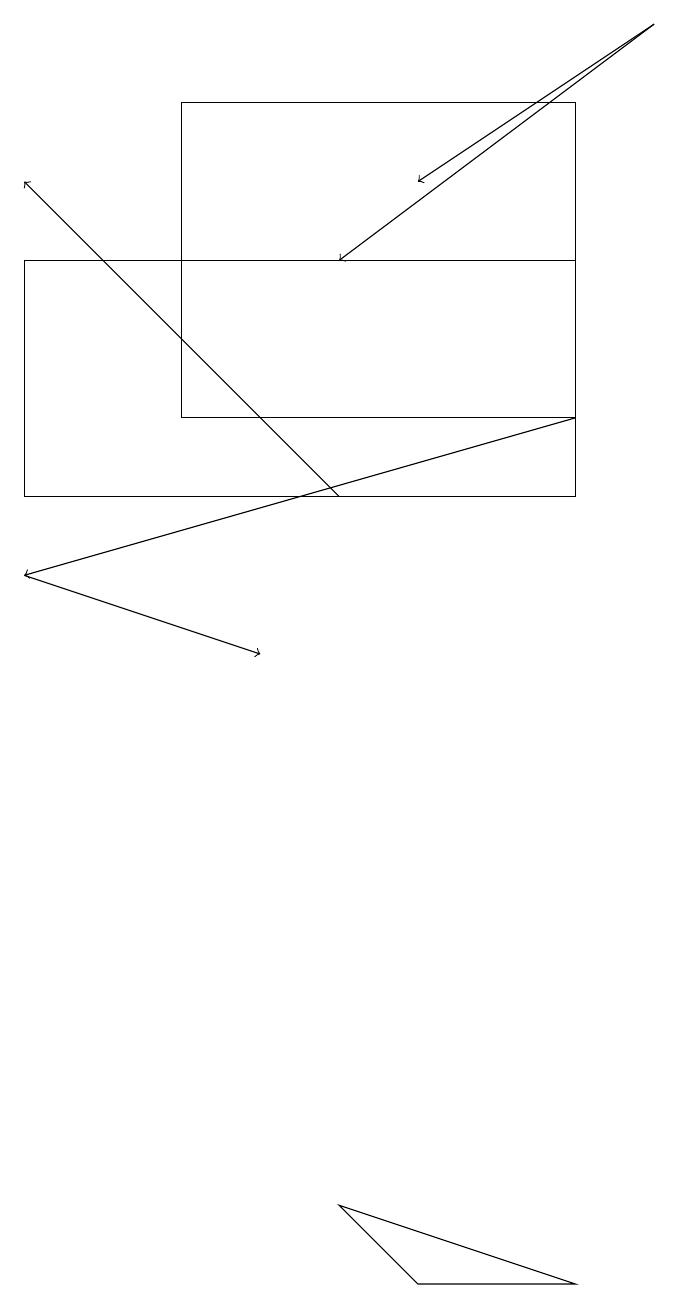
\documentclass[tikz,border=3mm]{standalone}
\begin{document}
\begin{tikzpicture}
\draw (1,15) rectangle (8,12);
\draw[->] (9,18) -- (6,16);
\draw (8,17) rectangle (3,13);
\draw[->] (5,12) -- (1,16);
\draw[->] (8,13) -- (1,11);
\draw (8,2) -- (5,3) -- (6,2) -- cycle;
\draw[->] (1,11) -- (4,10);
\draw[->] (9,18) -- (5,15);
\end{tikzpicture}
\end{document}